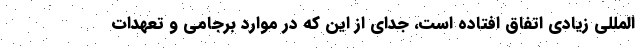
المللی زیادی اتفاق افتاده است، جدای از این که در موارد برجامی و تعهدات